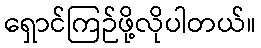
ရှောင်ကြဉ်ဖို့လိုပါတယ်။